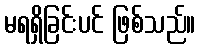
မရရှိခြင်းပင် ဖြစ်သည်။